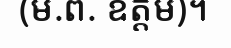
(ម.ព. ឧត្តម)។